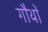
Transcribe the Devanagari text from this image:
गौथों